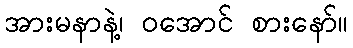
အားမနာနဲ့၊ ဝအောင် စားနော်။